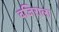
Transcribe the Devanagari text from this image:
वजिराला